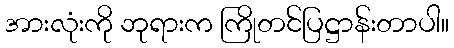
အားလုံးကို ဘုရားက ကြိုတင်ပြဋ္ဌာန်းတာပါ။